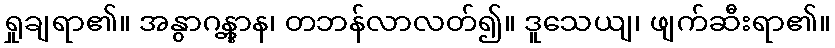
ရှုချရာ၏။ အနွာဂန္တွာန၊ တဘန်လာလတ်၍။ ဒူသေယျ၊ ဖျက်ဆီးရာ၏။